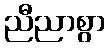
ညီညာစွာ